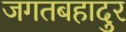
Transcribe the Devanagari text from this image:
जगतबहादुर